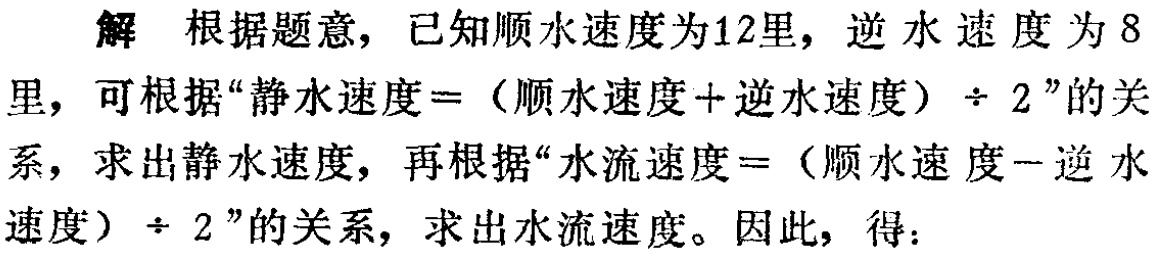
解 根据题意，已知顺水速度为12里，逆水速度为8里，可根据“静水速度 =（顺水速度 + 逆水速度）÷ 2”的关系，求出静水速度，再根据“水流速度 =（顺水速度 - 逆水速度）÷ 2”的关系，求出水流速度。因此，得：